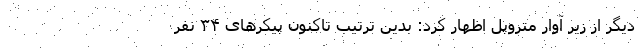
دیگر از زیر آوار متروپل اظهار کرد: بدین ترتیب تاکنون پیکرهای ۳۴ نفر